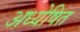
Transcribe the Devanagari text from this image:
अध्येषित